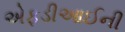
એફડીઆઈની